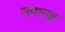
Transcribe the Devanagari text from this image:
उपानह